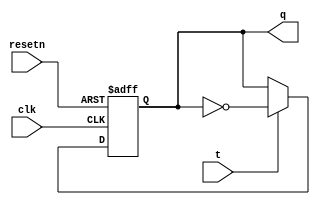


module tflipflop (resetn, t, clk, q);
    input resetn, t, clk;
    output reg q;

    always @(posedge clk or negedge resetn) begin
   	 if (~resetn)
   		 q <= 0;
   	 else
   		 q <= t ? ~q : q;
    end
endmodule